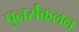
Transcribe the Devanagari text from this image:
पुनर्संकलन